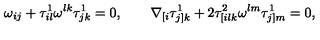
\omega _ { i j } + \tau _ { i l } ^ { 1 } \omega ^ { l k } \tau _ { j k } ^ { 1 } = 0 , \qquad \nabla _ { [ i } \tau _ { j ] k } ^ { 1 } + 2 \tau _ { [ i l k } ^ { 2 } \omega ^ { l m } \tau _ { j ] m } ^ { 1 } = 0 ,